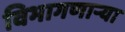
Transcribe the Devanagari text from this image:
विभागणाऱ्या